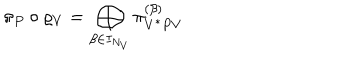
LaTeX: \pi _ { P } \circ \varrho _ { V } = \bigoplus _ { \beta \in I _ { N _ { V } } } \pi _ { V ^ { * } P V } ^ { ( \beta ) }